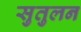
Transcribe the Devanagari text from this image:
सुतुलन